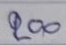
200